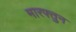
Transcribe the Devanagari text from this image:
मारफ्तुन